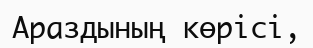
Араздының көрісі,